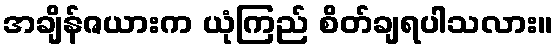
အချိန်ဇယားက ယုံကြည် စိတ်ချရပါသလား။